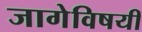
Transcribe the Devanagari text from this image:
जागेविषयी